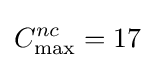
C_{\max }^{nc}=17